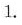
1.